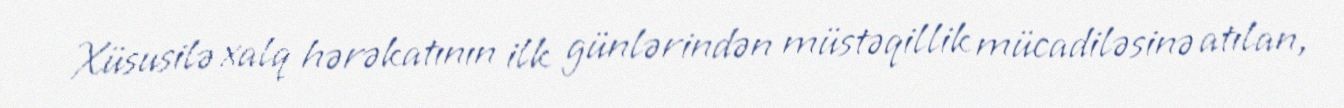
Xüsusilə xalq hərəkatının ilk günlərindən müstəqillik mücadiləsinə atılan,